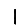
Digit: 1